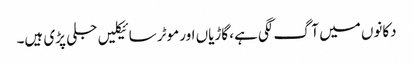
دکانوں میں آگ لگی ہے، گاڑیاں اور موٹر سائیکلیں جلی پڑی ہیں۔